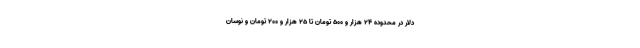
دلار در محدوده ۲۴ هزار و ۵۰۰ تومان تا ۲۵ هزار و ۲۰۰ تومان و نوسان